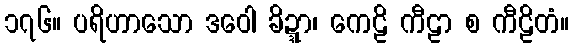
၁၇၆။ ပရိဟာသော ဒဝေါ ခိဍ္ဍာ၊ ကေဠိ ကီဠာ စ ကီဠိတံ။